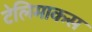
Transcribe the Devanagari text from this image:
टेलिमाकस